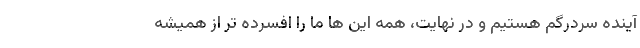
آینده سردرگم هستیم و در نهایت، همه این ها ما را افسرده تر از همیشه